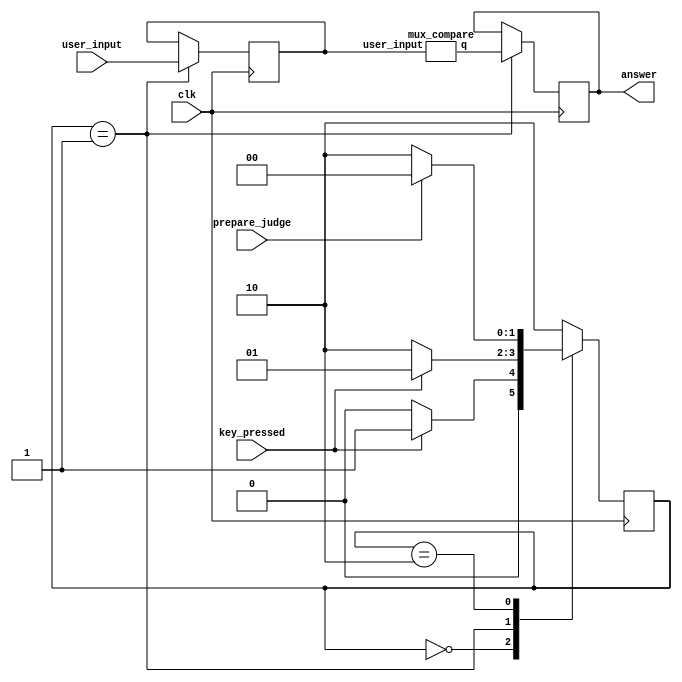
module judge (
	input clk,    // Clock
	input prepare_judge, // Clock Enable
	input key_pressed,
	input [15:0] user_input,
	output reg answer
	
);
	reg [1:0] CURRENT_STATE, NEXT_STATE;
	reg [15:0] cur_input;
	wire q;

	localparam JUDGE_STATE = 2'b00,
			   JUDGE_WAIT = 2'b01,
			   NOTHING = 2'b10;

	always @(*) begin : FSM_JUDGE
		case(CURRENT_STATE)
			JUDGE_STATE: NEXT_STATE = key_pressed ? JUDGE_WAIT : JUDGE_STATE;
			JUDGE_WAIT: NEXT_STATE = key_pressed ? JUDGE_WAIT : NOTHING;
			NOTHING: NEXT_STATE = prepare_judge ? JUDGE_STATE : NOTHING;
			default: NEXT_STATE = NOTHING;
		endcase
	
	end

	always @(posedge clk) begin : FSM_ASSIGNMENTS
		case(CURRENT_STATE) // load IN JUDGE_WAIT and compare
			JUDGE_WAIT:  
			begin
				cur_input <= user_input;
				answer <= q;
			end
		endcase
	end
	
	always @(posedge clk) begin: FF_FSM
		CURRENT_STATE<= NEXT_STATE;
	end

	mux_compare m1(cur_input, q);

endmodule

module mux_compare(
	input [15:0] user_input,
	output reg q);
	
	always @(*) begin : compare
		case(user_input)
			16'b0000000000: 
				begin
					q <= 1;
				end
			16'b0000000001:
				begin
					q <= 1;
				end
			default:
				q <= 0;
		endcase
	end

endmodule // module